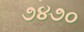
૭૪૭૦